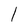
Character: l